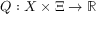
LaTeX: Q : X \times \Xi \rightarrow \mathbb { R }